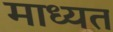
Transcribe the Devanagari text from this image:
माध्यत